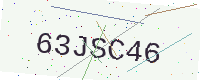
Text: 63JSC46